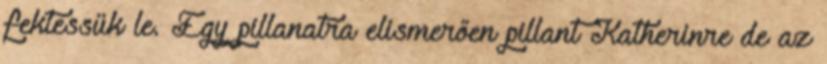
fektessük le. Egy pillanatra elismerően pillant Katherinre de az